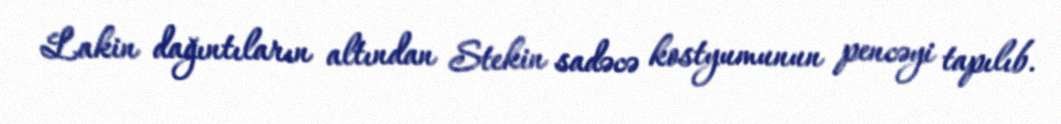
Lakin dağıntıların altından Stekin sadəcə kostyumunun pencəyi tapılıb.